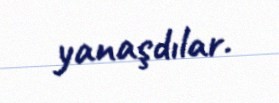
yanaşdılar.